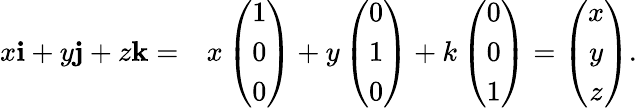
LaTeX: \begin{array}{rl}{x{\mathbf i}+y{\mathbf j}+z{\mathbf k}=}&{x\left(\begin{array}{c}{1}\\ {0}\\ {0}\end{array}\right)+y\left(\begin{array}{c}{0}\\ {1}\\ {0}\end{array}\right)+k\left(\begin{array}{c}{0}\\ {0}\\ {1}\end{array}\right)=\left(\begin{array}{c}{x}\\ {y}\\ {z}\end{array}\right).}\end{array}